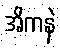
အိကနဲ